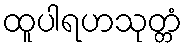
ထူပါရဟသုတ္တံ